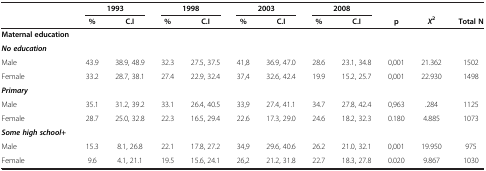
|  | <COLSPAN=2> 1993 | <COLSPAN=2> 1998 | <COLSPAN=2> 2003 | <COLSPAN=2> 2008 |  |  |  |
 |  | % | C.I | % | C.I | % | C.I | % | C.I | p | X2 | Total N |
 | --- | --- | --- | --- | --- | --- | --- | --- | --- | --- | --- | --- |
 | Maternal education |  |  |  |  |  |  |  |  |  |  |  |
 | No education |  |  |  |  |  |  |  |  |  |  |  |
 | Male | 43.9 | 38.9, 48.9 | 32.3 | 27.5, 37.5 | 41,8 | 36.9, 47.0 | 28.6 | 23.1, 34.8 | 0,001 | 21.362 | 1502 |
 | Female | 33.2 | 28.7, 38.1 | 27.4 | 22.9, 32.4 | 37,4 | 32.6, 42.4 | 19.9 | 15.2, 25.7 | 0,001 | 22.930 | 1498 |
 | Primary |  |  |  |  |  |  |  |  |  |  |  |
 | Male | 35.1 | 31.2, 39.2 | 33.1 | 26.4, 40.5 | 33,9 | 27.4, 41.1 | 34.7 | 27.8, 42.4 | 0,963 | .284 | 1125 |
 | Female | 28.7 | 25.0, 32.8 | 22.3 | 16.5, 29.4 | 22.6 | 17.3, 29.0 | 24.6 | 18.2, 32.3 | 0.180 | 4.885 | 1073 |
 | Some high school+ |  |  |  |  |  |  |  |  |  |  |  |
 | Male | 15.3 | 8.1, 26.8 | 22.1 | 17.8, 27.2 | 34,9 | 29.6, 40.6 | 26.2 | 21.0, 32.1 | 0,001 | 19.950 | 975 |
 | Female | 9.6 | 4.1, 21.1 | 19.5 | 15.6, 24.1 | 26,2 | 21.2, 31.8 | 22.7 | 18.3, 27.8 | 0.020 | 9.867 | 1030 |